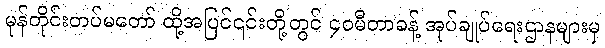
မုန်တိုင်းတပ်မတော် ထို့အပြင်၎င်းတို့တွင် ၄၀မီတာခန့် အုပ်ချုပ်ရေးဌာနများမှ